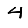
Digit: 4